King Institute of Preventive Medicine Micro-Biological Section reports 1909-11
Year: 1909
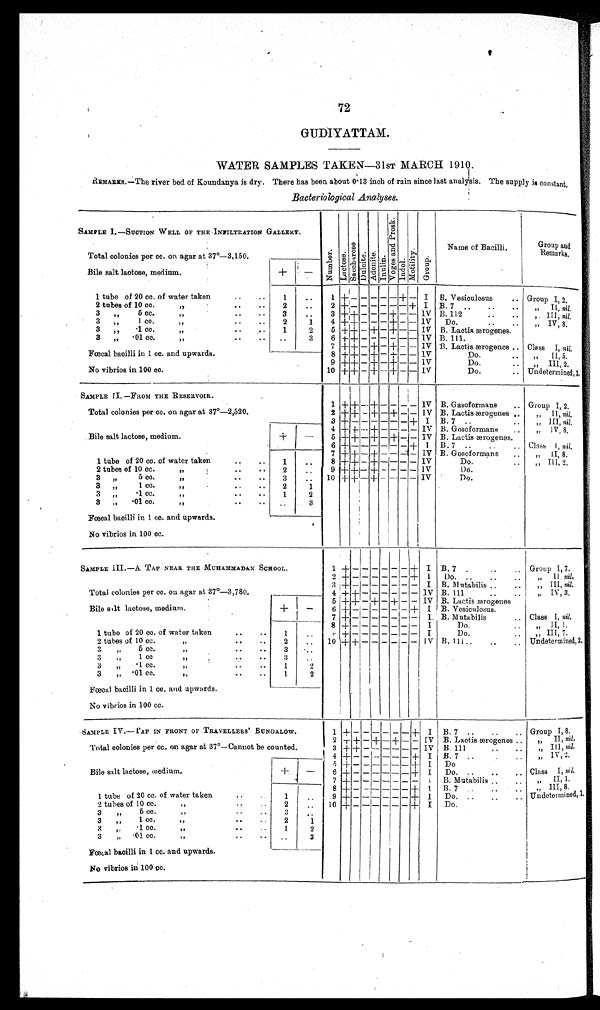
72
GUDIYATTAM.
WATER SAMPLES TAKEN—31ST MARCH 1910.
REMARKS.—The river bed of Koundanya is dry. There has been about 0·13 inch of rain since last analylsis. The supply is constant
.
Bacteriological Analyses .
SAMPLE I.—SUCTION WELL OF THE INFILTRATION GALLERY.
Number.Lactose.Sacchar os eDulcite.Adoni t e.Inulin.
V o g e s a n d P r o s k .
Indol.Mot i l i t y. Group.
Name of Bacilli.
Group and
Remarks
.
Total colonies per cc. on agar at 37°—3,150.
Bile
salt
la
ctose, medium.
+
−
1 tube of 20 cc. of water taken
1
1
+
− − − − −
+
− I
B. Vesiculosus
Group I, 2.
2 tubes of 10 cc. „
2
2
+
− − − − − − + I B. 7
„ II, nil .
3 „ 5 cc. „
3
3
+ +
− − − + − −
IV
B. 112
„ III, nil.
3 „ 1 cc. „
2
1
4
+ +
− − − + − − IV
Do.
„ IV, 8.
3 „ ·1 cc. „
1
2
5
+ +
−
+
−
+
− − IV B. Lactis ærogenes.
3 „ ·01 cc. „
3
6
+ +
− − − − − −
IV
B. 111.
Fœcal bacilli in 1 cc. and upwards.
7
+ +
−
+
− +
− − IV B. Lactis ærogenes
Class I, nil.
8
+ +
− + −
+
− −
IV
Do.
„ II, 5.
9
+ +
− + −
+
− − IV
Do.
„ III, 2.
No vibrios in 100 cc.
10
+ +
−
+
−
+
− − IV
Do.
Undetermined, 3.
SAMPLE II.—FROM THE RESERVOIR.
Total colonies per cc. on agar at 37°—2,520.
1 + + − + − − − − IV B. Gasoformans
Group I, 2.
2 + + − + − + − − IV B. Lactis ærogenes
„ II, nil.
3 + − − − − − —
+
I B. 7
„ III, nil.
Bile salt lactose, medium.
+
−
4
+
+ −
+
− − − − IV B. Gosoformans
„ IV, 8.
5 + +
− + − + − − IV B. Lactis ærogenes.
6 + —− − − − −
+
I B. 7
Class I, nil,
7
+ +
−
+
− − − − IV B. Gosoformans
„ II, 8.
1 tube of 20 cc. of water taken
1
8
+ +
—
+
− − − − IV
Do.
„ III, 2.
2 tubes of 10 cc. „
2
9
+
+ −
+
− − − − IV
Do.
3 „ 5 cc. „
3
10 +
+
− + − − − − IV
Do.
3 „ 1 cc. „
2
1
3 „ ·1 cc. „
1
2
3 „ ·01 cc. „
3
Fœcal bacilli in 1 cc. and upwards.
No vibrios in 100 cc.
SAMPLE III.—A TAP NEAR THE MUHAMMADAN SCHOOL.
1 + − − − − − −
+
I B. 7
Group I, 7.
Total colonies per cc. on agar at 37°—3,780.
2 + − − − − − − +
I Do.
„ II nil.
3
+
− − − − − − −
I B. Mutabilis
„ III, nil.
4
+ +
− − − − − − IV B. 111
„ IV, 3.
Bile salt lactose, medium.
+
−
5
+ +
− + −
+
− − IV B. Lactis ærogenes
6
+
− − − − − − + I B. Vesiculosus.
7 + − − − − − − −
I B. Mutabilis
Class I, nil.
8 + − − − − − − −
I
Do.
„ II, 1.
1 tube of 20 cc. of water taken
1
9
+
− − − − − − −
I
Do.
„ III, 7.
2 tubes of 10 cc. „
2
10
+ +
− − − − − − IV B. III
Undetermined, 2.
3 „ 5 cc. „
3
3 „ 1 cc. „
3
3 „ ·1 cc. „
1
2
3 „ ·01 cc. „
1
2
Fœcal bacilli in 1 cc. and upwards.
No vibrios in 100 cc.
SAMPLE IV.—TAP IN FRONT OF TRAVELLERS' BUNGALOW.
1
+
− −
−
− − −
+
I B. 7
Group I, 8.
Total colonies per cc. on agar at 37°—Cannot be counted.
2
+ +
−
+
−
+
− − IV B. Lactis ærogenes
„ II, nil.
3
+ +
− − − − − − IV B. 111
„ III, nil.
4
+
− − − − − −
+
I B. 7
„ IV, 2.
Bile salt lactose, medium.
+
−
5
+
− − − − − −
+
I
Do.
6
+
− − − − − −
+
I
Do.
Class I, nil.
7
+
− − − − − − −
I B. Mutabilis
„ II, 1.
8
+
− − − − − −
+
I B. 7
„
III, 8.
1 tube of 20 cc. of water taken
1
9
+
− − − − − −
+
I
Do.
Undetermined, 1.
2 tubes of 10 cc. „
2
10
+
− − − − − −
+
I
Do.
3 „ 5 cc. „
3
3 „ 1cc. „
2 1
3 „ ·1 cc. „
1
2
3 „ ·01 cc. „
3
Fœcal bacilli in 1 cc. and upwards.
No vibrios in 100 cc.